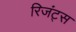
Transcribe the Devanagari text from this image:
रिजंट्स